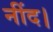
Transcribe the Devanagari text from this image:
नींद।